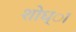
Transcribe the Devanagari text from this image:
शोध्ा